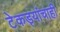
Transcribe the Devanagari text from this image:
टेकड्यांचाही